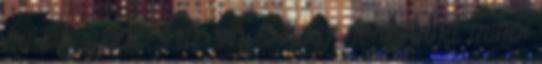
ha kihagyják, s az sincs, hogy nem tudja, miből